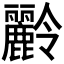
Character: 𪋭